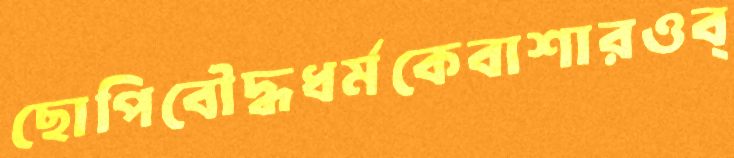
ছোপিবৌদ্ধধর্মকেবাশারওব্